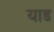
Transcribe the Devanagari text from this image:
याड